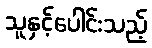
သူနှင့်ပေါင်းသည့်